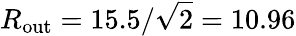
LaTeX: R_{\mathrm{out}}=15.5/\sqrt{2}=10.96